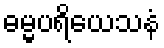
ဓမ္မပရိယေသနံ